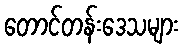
တောင်တန်းဒေသများ